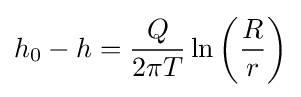
h_{0}-h={\frac {Q}{2\pi T}}\ln \left({\frac {R}{r}}\right)